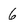
Character: 6